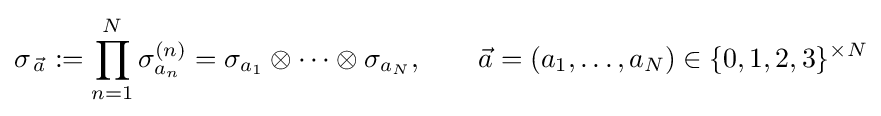
\sigma _{\,{\vec {a}}}:=\prod _{n=1}^{N}\sigma _{a_{n}}^{(n)}=\sigma _{a_{1}}\otimes \dotsm \otimes \sigma _{a_{N}},\qquad {\vec {a}}=(a_{1},\ldots ,a_{N})\in \{0,1,2,3\}^{\times N}